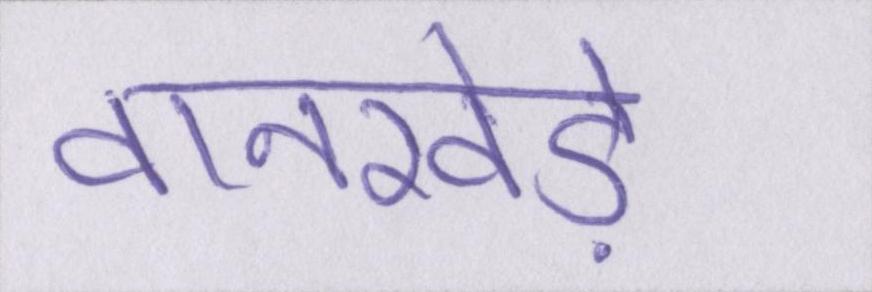
वानखेड़े